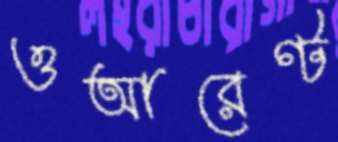
ওআরেণ্ট